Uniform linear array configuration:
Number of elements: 48
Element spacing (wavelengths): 1
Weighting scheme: hamming
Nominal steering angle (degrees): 15
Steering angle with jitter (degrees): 13.092
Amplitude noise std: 0.05
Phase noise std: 0.05

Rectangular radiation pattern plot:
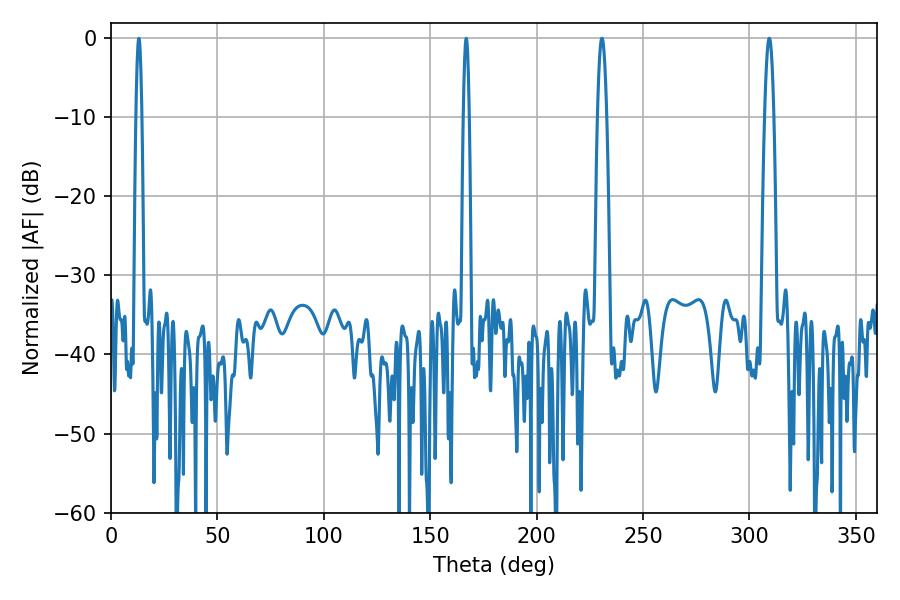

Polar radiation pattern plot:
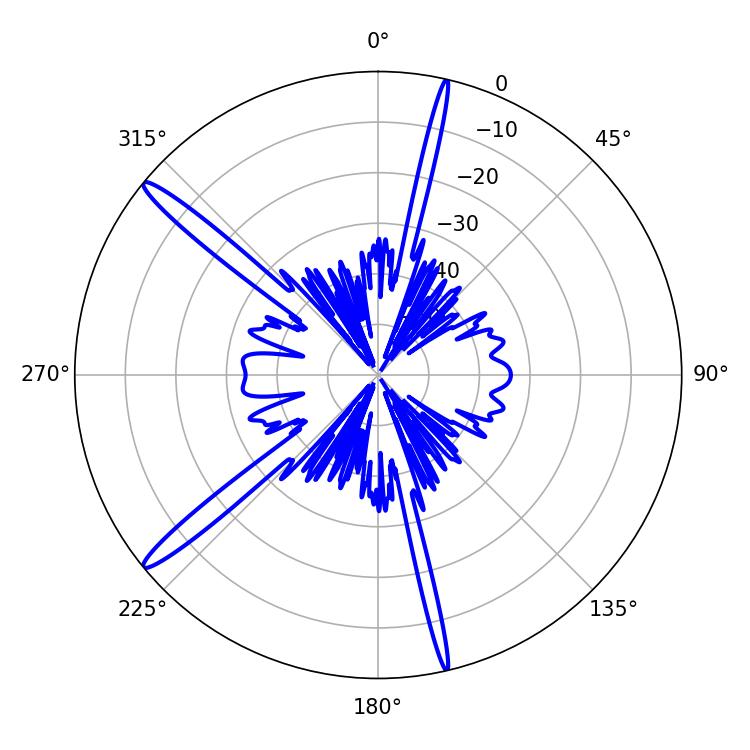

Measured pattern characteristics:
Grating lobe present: TRUE
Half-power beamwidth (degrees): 2.34
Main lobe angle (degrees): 230.76